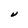
Character: V